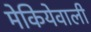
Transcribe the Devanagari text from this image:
मेकियेवाली